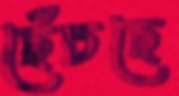
ছেঁচছে